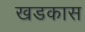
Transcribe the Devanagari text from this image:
खडकास